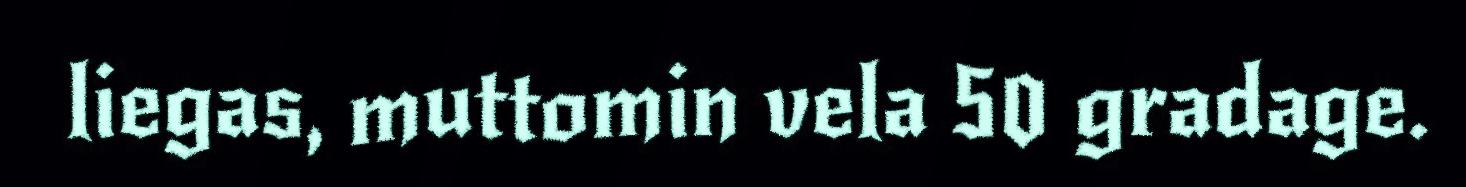
liegas, muttomin vela 50 gradage.